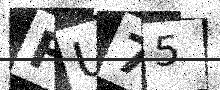
Text: FU75